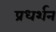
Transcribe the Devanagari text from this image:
प्रधर्शन